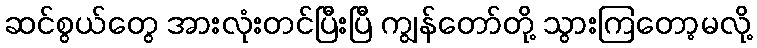
ဆင်စွယ်တွေ အားလုံးတင်ပြီးပြီ ကျွန်တော်တို့ သွားကြတော့မလို့